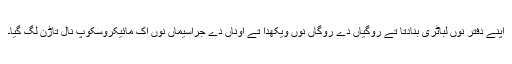
اپنے دفتر نوں لباٹری بنادتا تے روگیاں دے روگاں نوں ویکھدا تے اوناں دے جراسیماں نوں اک مائیکروسکوپ نال تاڑن لگ گیا۔